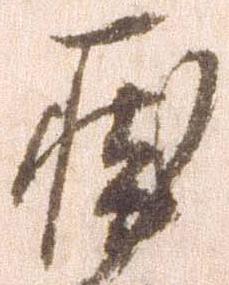
涯